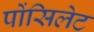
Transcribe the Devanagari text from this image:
पोंसिलेट